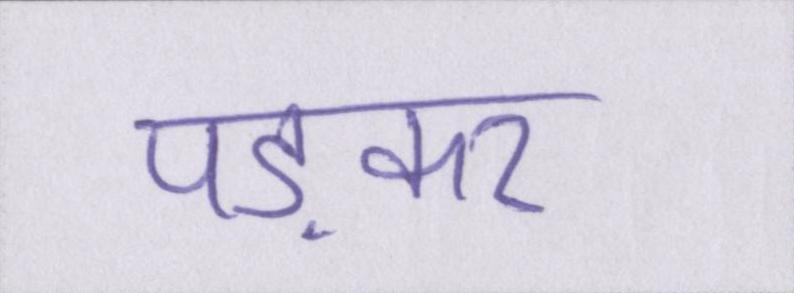
पड़कर